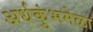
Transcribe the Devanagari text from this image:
अर्धकुंभमेळा